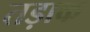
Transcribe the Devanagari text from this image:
तड़ाक